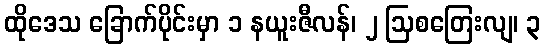
ထိုဒေသ ခြောက်ပိုင်းမှာ ၁ နယူးဇီလန်၊ ၂ ဩစတြေးလျ၊ ၃